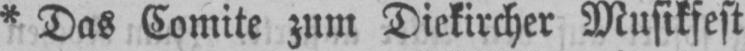
* Das Comite zum Diekircher Musikfest